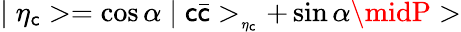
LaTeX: \mid\eta_{\mathsf{c}}>=\cos\alpha\mid\mathsf{c}\bar{{\mathsf{c}}}>_{_{\eta_{\mathsf{c}}}}+\sin\alpha\midP>